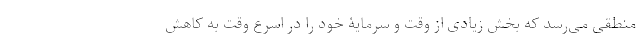
منطقی می‌رسد که بخش زیادی از وقت و سرمایۀ خود را در اسرع وقت به کاهش